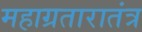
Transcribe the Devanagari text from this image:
महाग्रतारातंत्र